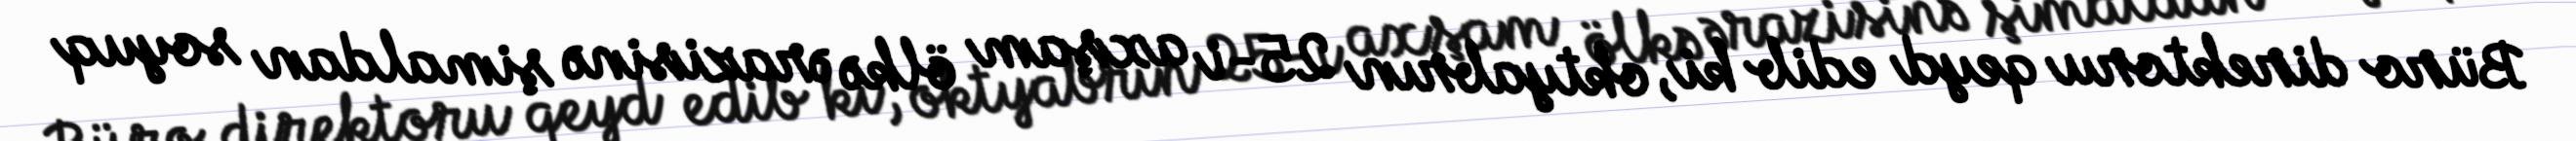
Büro direktoru qeyd edib ki, oktyabrın 25-i axşam ölkə ərazisinə şimaldan soyuq